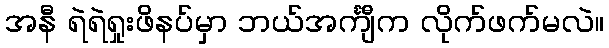
အနီ ရဲရဲရှုးဖိနပ်မှာ ဘယ်အင်္ကျီက လိုက်ဖက်မလဲ။